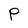
Character: P